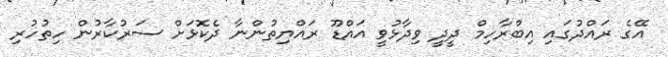
އޭގެ ރައްދުގައި އިބްރާހިމް ދީދީ ވިދާޅުވީ އައްޑޫ ރައްޔިތުންނާ ދެކޮޅަށް ސަރުކާރުން ހިތުހުރި